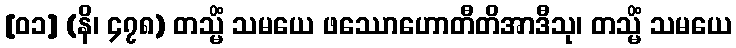
[၀၁] (နိ၊ ၄၇၈) တသ္မိံ သမယေ ဖဿောဟောတီတိအာဒီသု၊ တသ္မိံ သမယေ